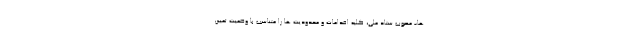
ها- مصوب ستاد ملی، کلیه اقدامات و محدودیت ها را متناسب با وضعیت تعیین